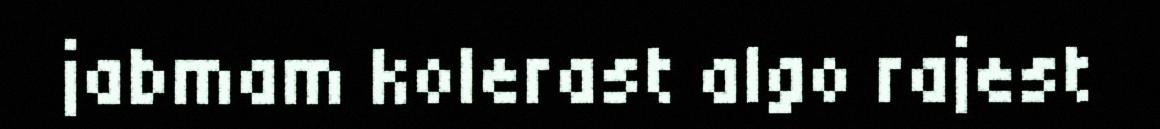
jabmam kolerast algo rajest